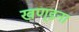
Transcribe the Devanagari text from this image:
खण्डना